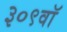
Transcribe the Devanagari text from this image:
३०९वॉ